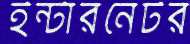
ইন্টারনেটর